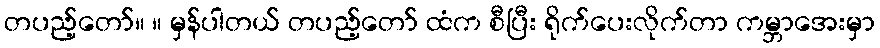
တပည့်တော်။ ။ မှန်ပါတယ် တပည့်တော် ထံက စီပြီး ရိုက်ပေးလိုက်တာ ကမ္ဘာအေးမှာ